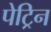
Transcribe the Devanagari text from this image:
पेट्रिन